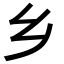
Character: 乡